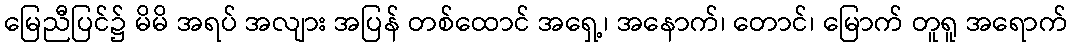
မြေညီပြင်၌ မိမိ အရပ် အလျား အပြန် တစ်ထောင် အရှေ့၊ အနောက်၊ တောင်၊ မြောက် တူရူ အရောက်